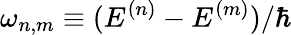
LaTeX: \omega_{n,m}\equiv(E^{(n)}-E^{(m)})/\hbar